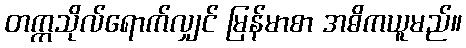
တက္ကသိုလ်ရောက်လျှင် မြန်မာစာ အဓိကယူမည်။